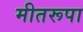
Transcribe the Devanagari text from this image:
मीतरूपा